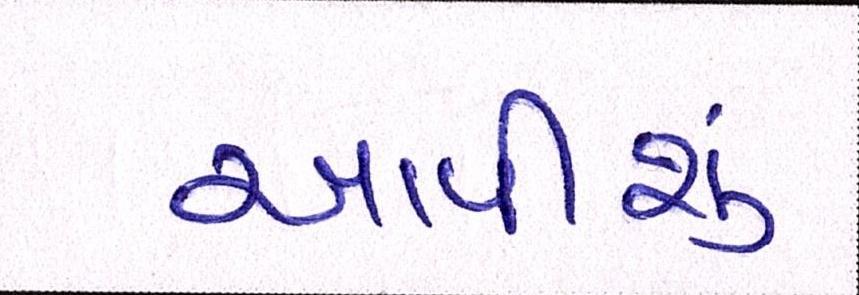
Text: આપીશું